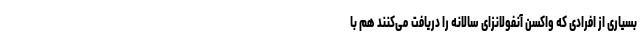
بسیاری از افرادی که واکسن آنفولانزای سالانه را دریافت می‌کنند هم با